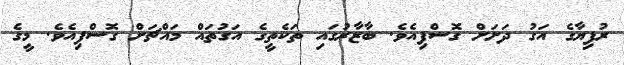
ރުފިޔާގެ އަގު ދަށަށް ގޮސްފިއެވެ. ބާޒާރުގައި ތަކެތީގެ އަގުތައް މައްޗަށް ގޮސްފިއެވެ. މީގެ